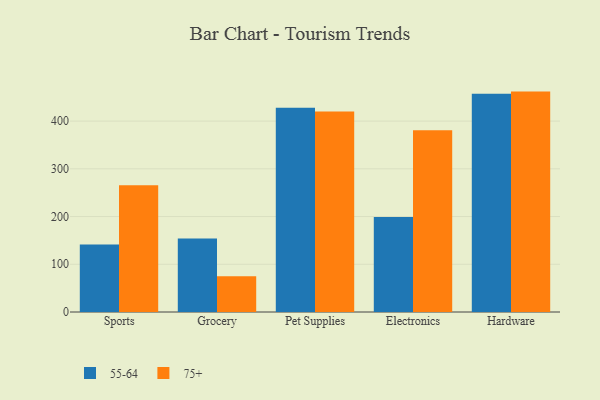
{"axis": {"x": "Category", "y": "Backlog"}, "legend": ["55-64", "75+"], "data": [{"x": "Sports", "y": 141.6, "type": "55-64"}, {"x": "Sports", "y": 265.4, "type": "75+"}, {"x": "Grocery", "y": 154.1, "type": "55-64"}, {"x": "Grocery", "y": 74.8, "type": "75+"}, {"x": "Pet Supplies", "y": 428.2, "type": "55-64"}, {"x": "Pet Supplies", "y": 420.3, "type": "75+"}, {"x": "Electronics", "y": 199.3, "type": "55-64"}, {"x": "Electronics", "y": 381.0, "type": "75+"}, {"x": "Hardware", "y": 457.1, "type": "55-64"}, {"x": "Hardware", "y": 461.8, "type": "75+"}]}